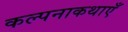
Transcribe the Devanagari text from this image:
कल्पनाकथाएँ